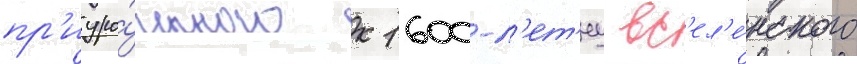
пр'иуро́ченного к 1600-л'ет'иу вс'ел'е́нского